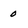
Character: 0